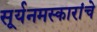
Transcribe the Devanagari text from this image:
सूर्यनमस्कारांचे